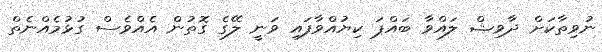
ނުވިތާކަށް ދާވިޝް ލައްވާ ބައްޕަ ކިޔުއްވާފައި ވަނީ ލޭގެ ގޮތުން އެއްވެސް ގުޅުމެއްނެތް